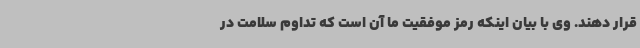
قرار دهند. وی با بیان اینکه رمز موفقیت ما آن است که تداوم سلامت در